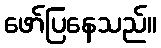
ဖော်ပြနေသည်။